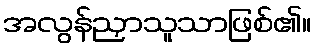
အလွန်ညှာသူသာဖြစ်၏။